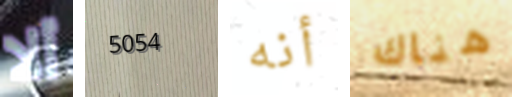
ألا 5054 أنه هناك